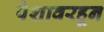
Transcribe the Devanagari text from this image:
पेशावरहून